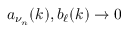
a _ { \nu _ { n } } ( k ) , b _ { \ell } ( k ) \to 0